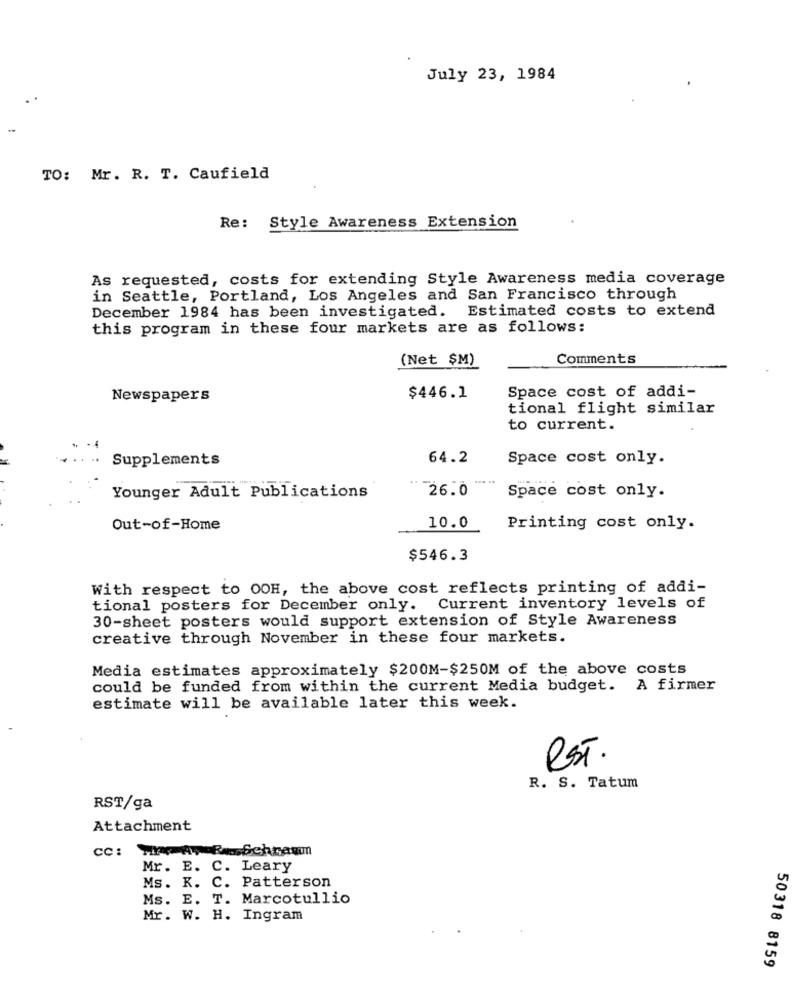
July 23, 1984
-
TO: Mr. R. T. Caufield
Re: Style Awareness Extension
As requested, costs for extending Style Awareness media coverage
in Seattle, Portland, Los Angeles and San Francisco through
December 1984 has been investigated. Estimated costs to extend
this program in these four markets are as follows:
(Net $M)
Comments
Space cost of addi-
Newspapers
$446.1
tional flight similar
to current.
Supplements
64.2
Space cost only.
26.0
Space cost only.
Younger Adult Publications
Out-of-Home
10.0
Printing cost only.
$546.3
With respect to OOH, the above cost reflects printing of addi-
tional posters for December only. Current inventory levels of
30-sheet posters would support extension of Style Awareness
creative through November in these four markets.
Media estimates approximately $200M-$250M of the above costs
could be funded from within the current Media budget. A firmer
estimate will be available later this week.
RST .
R. S. Tatum
RST/ga
Attachment
cc: www. RsSchramm
Mr. E. C. Leary
Ms. K. C. Patterson
Ms. E. T. Marcotullio
Mr. W. H. Ingram
50318 8159